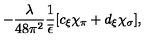
- \frac { \lambda } { 4 8 \pi ^ { 2 } } \frac { 1 } { \overline { { \epsilon } } } [ c _ { \xi } \chi _ { \pi } + d _ { \xi } \chi _ { \sigma } ] ,